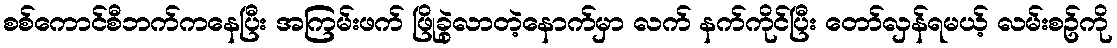
စစ်ကောင်စီဘက်ကနေပြီး အကြမ်းဖက် ဖြိုခွဲလာတဲ့နောက်မှာ လက် နက်ကိုင်ပြီး တော်လှန်ရမယ့် လမ်းစဥ်ကို